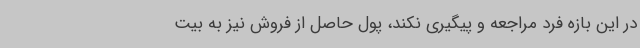
در این بازه فرد مراجعه و پیگیری نکند، پول حاصل از فروش نیز به بیت